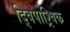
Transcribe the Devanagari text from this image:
द्विपाश्र्विक